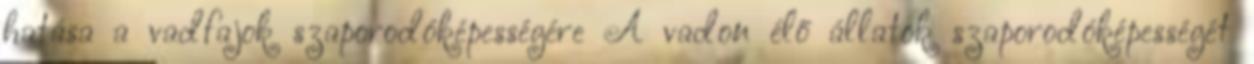
hatása a vadfajok szaporodóképességére A vadon élő állatok szaporodóképességét